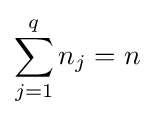
\sum _{j=1}^{q}n_{j}=n